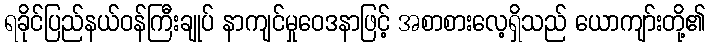
ရခိုင်ပြည်နယ်ဝန်ကြီးချုပ် နာကျင်မှုဝေဒနာဖြင့် အစာစားလေ့ရှိသည် ယောကျာ်းတို့၏